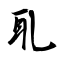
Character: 耴